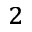
^ 2